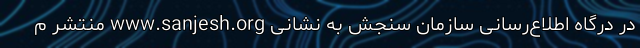
در درگاه اطلاع‌رسانی سازمان سنجش به نشانی www.sanjesh.org منتشر م